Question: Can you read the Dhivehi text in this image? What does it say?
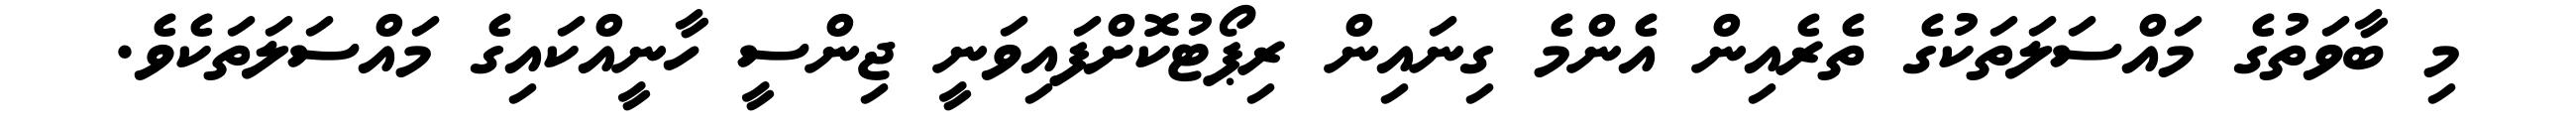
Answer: މި ބާވަތުގެ މައްސަލަތަކުގެ ތެރެއިން އެންމެ ގިނައިން ރިޕޯޓުކޮށްފައިވަނީ ޖިންސީ ހާނީއްކައިގެ މައްސަލަތަކެވެ.